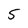
Character: 5